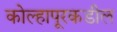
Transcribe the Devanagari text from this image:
कोल्हापूरकडील